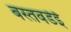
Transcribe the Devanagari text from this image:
बस्तवडेई